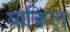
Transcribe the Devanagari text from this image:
वाकिल